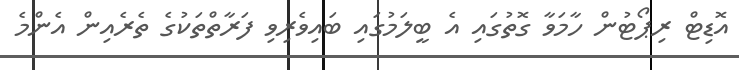
އޮޑިޓް ރިޕޯޓުން ހާމަވާ ގޮތުގައި އެ ބީލަމުގައި ބައިވެރިވި ފަރާތްތަކުގެ ތެރެއިން އެންމެ